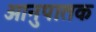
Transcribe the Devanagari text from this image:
आनुपातक